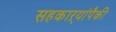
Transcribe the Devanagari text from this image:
सहकाऱ्यांपैकी